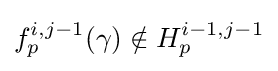
f_{p}^{i,j-1}(\gamma )\notin H_{p}^{i-1,j-1}